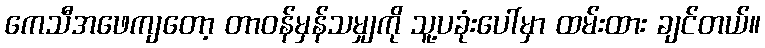
ကေသီအဖေကျတော့ တာဝန်မှန်သမျှကို သူ့ပခုံးပေါ်မှာ ထမ်းထား ချင်တယ်။